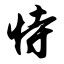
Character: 恃